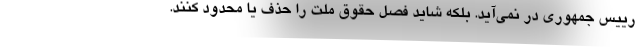
رییس جمهوری در نمی‌آید. بلکه شاید فصل حقوق ملت را حذف یا محدود کنند.